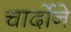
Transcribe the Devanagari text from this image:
चार्दोने